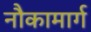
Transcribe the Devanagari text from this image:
नौकामार्ग